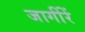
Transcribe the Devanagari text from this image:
जागींरें